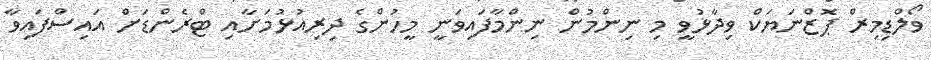
ވޯލްޑިމިރް ޕޮޒްނަޔަކް ވިދާޅުވީ މި ނިންމުން ނިންމާފައިވަނީ މީހުންގެ ދިރިއުޅުމަށާއި ޓްރެންޑަށް އައިސްފައިވާ